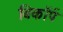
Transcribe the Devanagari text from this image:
बिकॉर्प